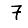
Digit: 7